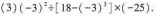
(3)$$(-3)^{2}\div \left [ 18-(-3)^{2}\right ] \times (-25)$$.